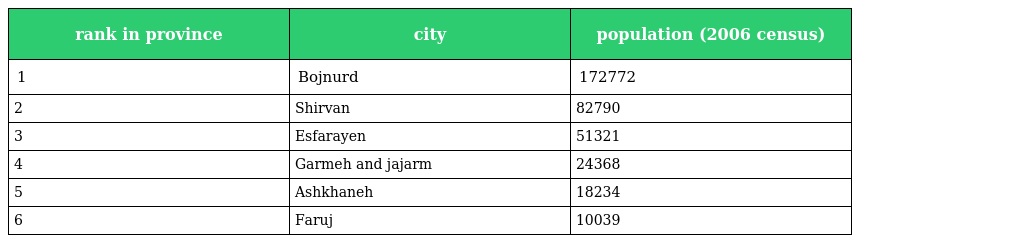
| rank in province | city | population (2006 census) |
 | --- | --- | --- |
 | 1 | Bojnurd | 172772 |
 | 2 | Shirvan | 82790 |
 | 3 | Esfarayen | 51321 |
 | 4 | Garmeh and jajarm | 24368 |
 | 5 | Ashkhaneh | 18234 |
 | 6 | Faruj | 10039 |